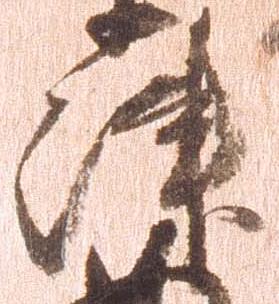
津